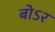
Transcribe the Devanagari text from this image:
बोऽर